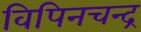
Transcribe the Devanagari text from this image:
विपिनचन्द्र